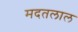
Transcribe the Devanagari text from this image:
मदतलाल